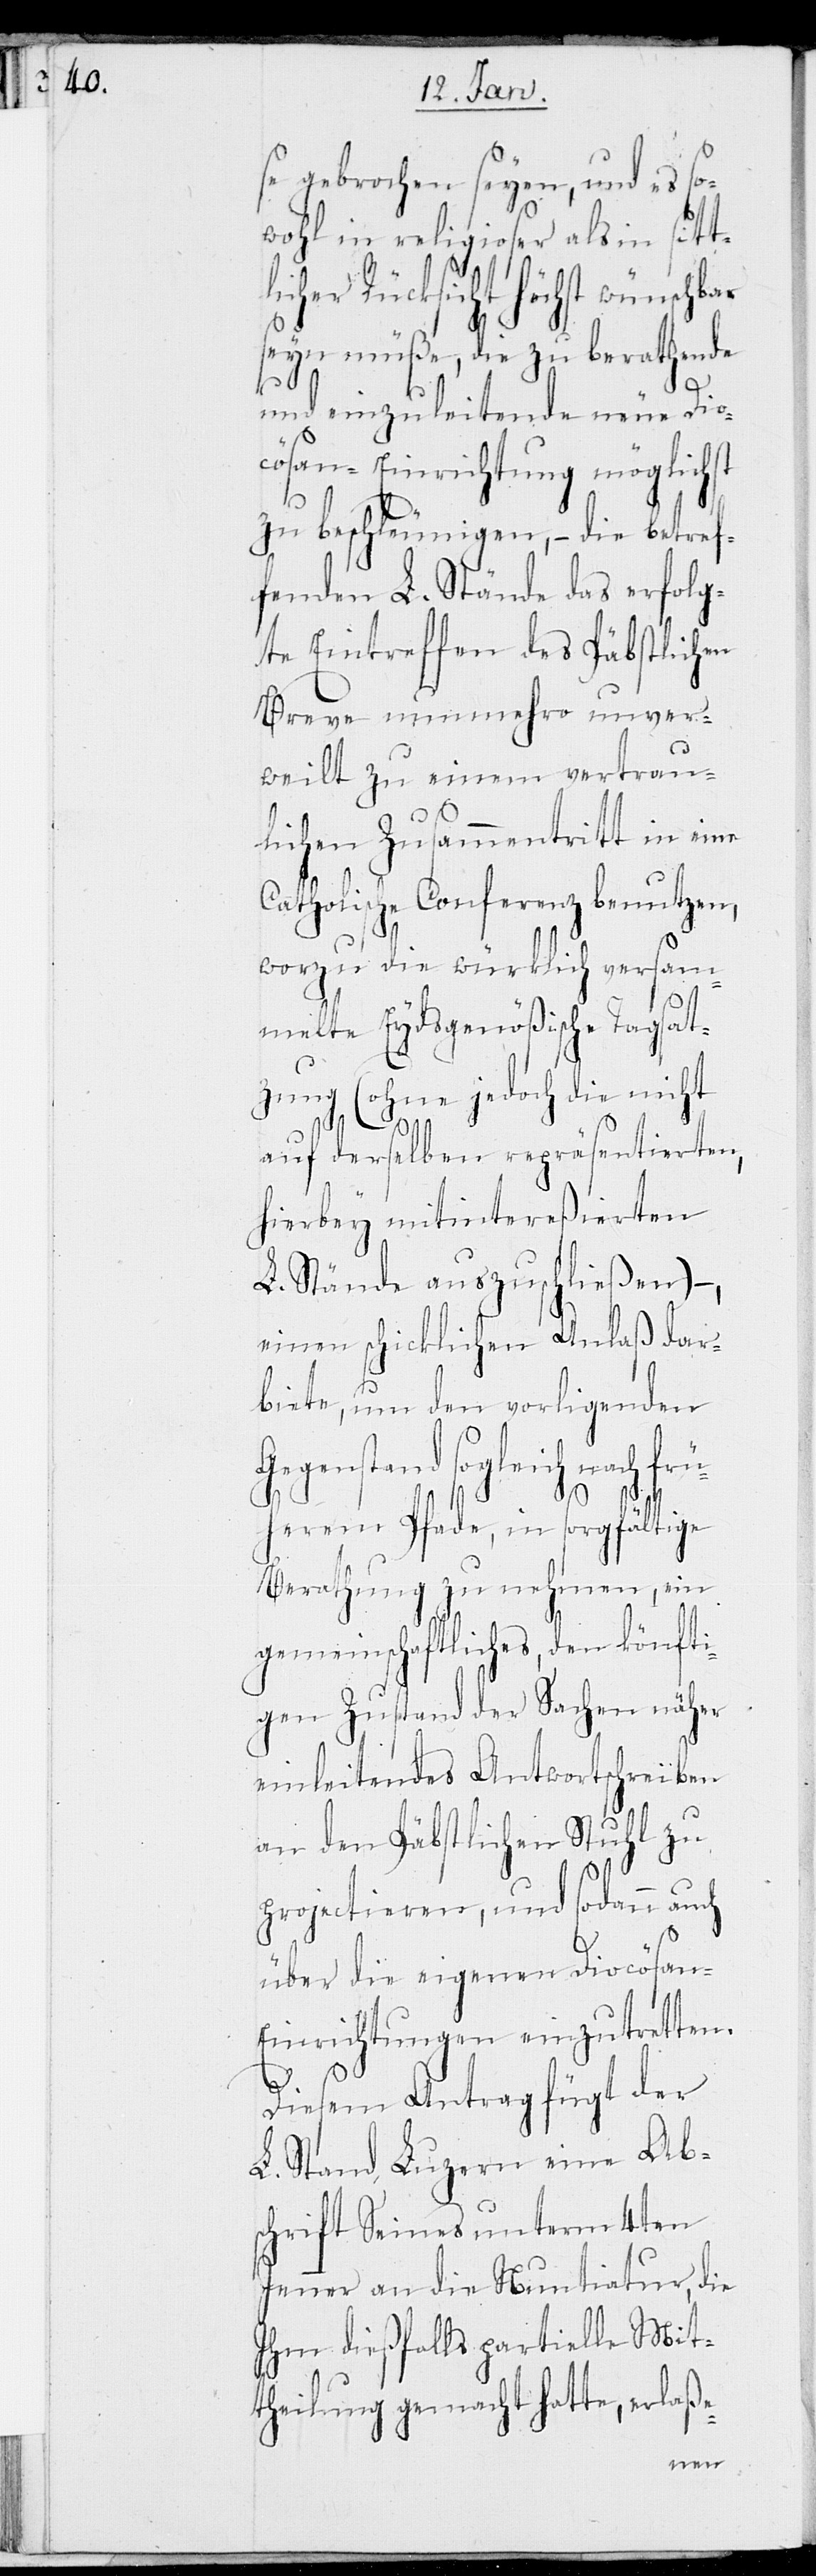
se gebrochen seyen, und es so¬
wohl in religioser, als in sit¬
icher Rücksicht höchst
seyn müße, die zu berathende
und einzuleitende neue Dio¬
cösan-Einrichtung möglichst
zu beschleunigen, – die betref¬
fenden L. Stände das erfolg¬
te Eintreffen des Päbstlichen
Breve nunmehro unver¬
weilt zu einem vertrau¬
lichen Zusammentritt in eine
Catholische Conferenz benutzen,
worzu die würklich versam¬
melte Eydsgenößische Tagsat¬
zung (ohne jedoch die nicht
auf derselben repräsentierten,
hierbey mitintereßierten
L. Stände auszuschließen)
einen schicklichen Anlaß dar¬
biete, um den vorligenden
Gegenstand sogleich nach frü¬
se-
herem Pfade, in sorgfältige
Berathung zu nehmen, ein
gemeinschaftliches, den künfti¬
gen Zustand der Sachen näher
einleitendes Antwortschreiben
an den Päbstlichen Stuhl zu
projectieren, und sodann auch
über die eigenen Diocösan-E¬
inrichtungen einzutretten.
Diesem Antrag fügt der
L. Stand Luzern eine Ab¬
schrift Seines unterm 4ten
Jenner an die Nuntiatur, die
Ihm dießfalls partielle Mit¬
theilung gemacht hatte, erlas¬